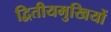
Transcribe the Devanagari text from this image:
द्वितीयमुखियों